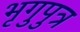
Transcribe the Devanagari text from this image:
भृगुपुत्र